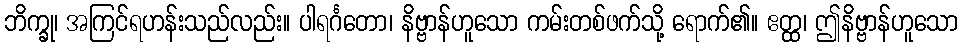
ဘိက္ခု၊ အကြင်ရဟန်းသည်လည်း။ ပါရင်္ဂတော၊ နိဗ္ဗာန်ဟူသော ကမ်းတစ်ဖက်သို့ ရောက်၏။ ဧတ္ထ၊ ဤနိဗ္ဗာန်ဟူသော